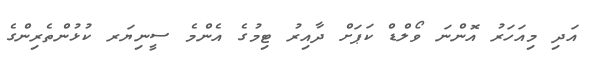
އަދި މިއަހަރު އޮންނަ ވޯލްޑް ކަޕަށް ދާއިރު ޓިމުގެ އެންމެ ސީނިޔަރ ކުޅުންތެރިންގެ